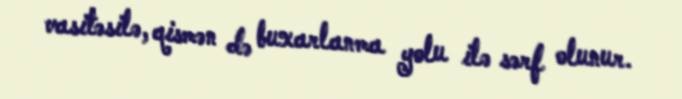
vasitəsilə, qismən də buxarlanma yolu ilə sərf olunur.